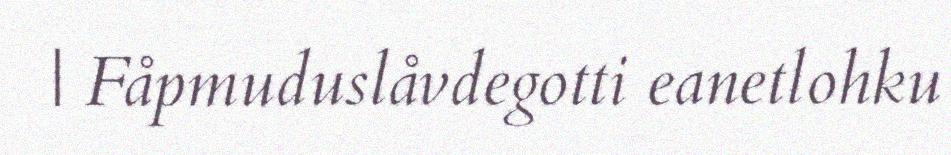
| Fåpmuduslåvdegotti eanetlohku